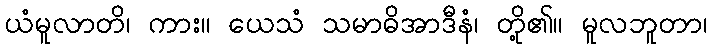
ယံမူလာတိ၊ ကား။ ယေသံ သမာဓိအာဒီနံ၊ တို့၏။ မူလဘူတာ၊